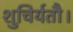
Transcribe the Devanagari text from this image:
शुचिर्यतौ।